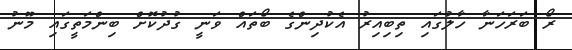
ރޯ ބަރަހަނާ ހާލުގައި ތިބިއިރު އެކުދިންގެ ބޯތައް ވަނީ ގުދުކޮށް ބިންމަތީގައި މޫނު